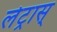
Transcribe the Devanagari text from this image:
लेट्रास्